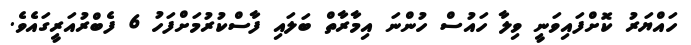
ހައްޔަރު ކޮށްފައިވަނީ ވިލާ ހައުސް ހުންނަ އިމާރާތް ބަލައި ފާސްކުރުމަށްފަހު 6 ފެބްރުއަރީގައެވެ.